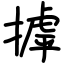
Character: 摢